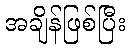
အချိန်ဖြစ်ပြီး